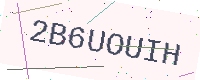
Text: 2B6UOUIH